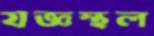
যজ্ঞস্থল